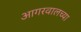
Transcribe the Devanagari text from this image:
आगरवालच्या